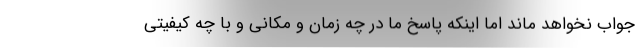
جواب نخواهد ماند اما اینکه پاسخ ما در چه زمان و مکانی و با چه کیفیتی